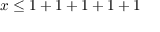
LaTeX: x \leq 1 + 1 + 1 + 1 + 1